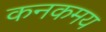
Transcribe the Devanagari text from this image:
कनकमय